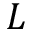
L